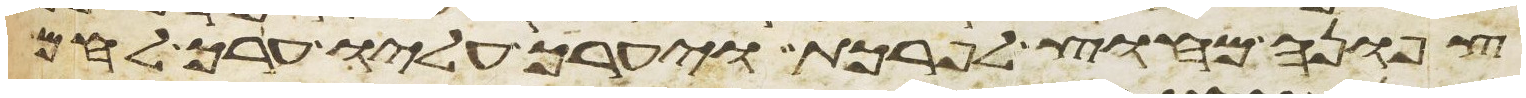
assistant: צפונה מחוץ לפרכת ויערך עליו ערך לחם